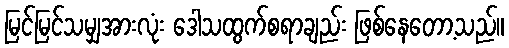
မြင်မြင်သမျှအားလုံး ဒေါသထွက်စရာချည်း ဖြစ်နေတော့သည်။